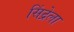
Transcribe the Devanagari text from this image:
सिंद्रेला